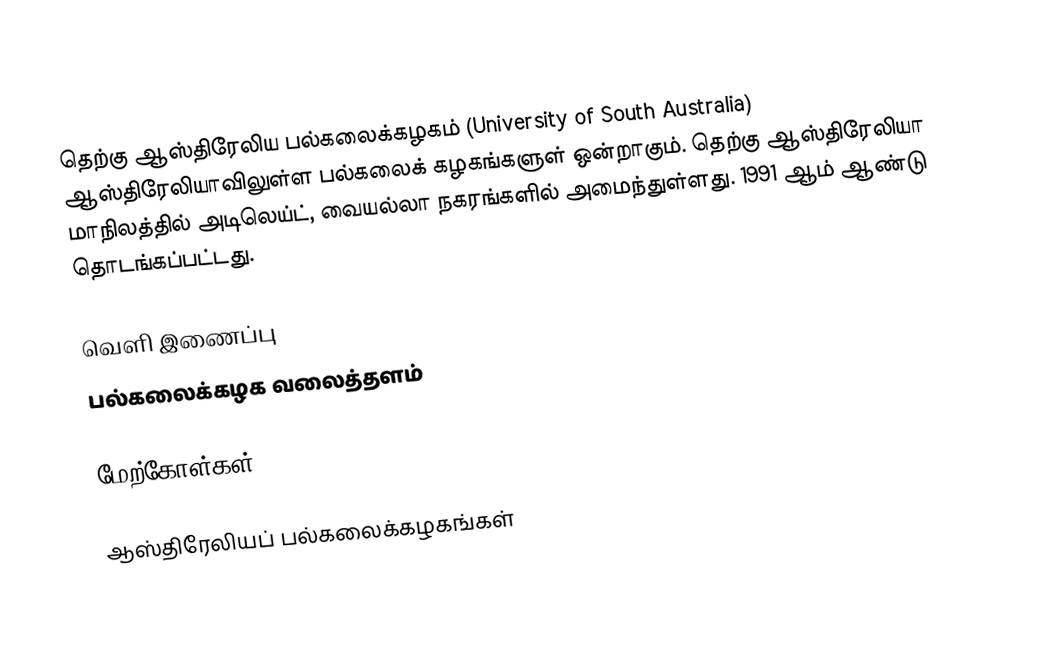
தெற்கு ஆஸ்திரேலிய பல்கலைக்கழகம் (University of South Australia) ஆஸ்திரேலியாவிலுள்ள பல்கலைக் கழகங்களுள் ஒன்றாகும். தெற்கு ஆஸ்திரேலியா மாநிலத்தில் அடிலெய்ட், வையல்லா நகரங்களில் அமைந்துள்ளது. 1991 ஆம் ஆண்டு தொடங்கப்பட்டது.

வெளி இணைப்பு
 பல்கலைக்கழக வலைத்தளம்

மேற்கோள்கள்

ஆஸ்திரேலியப் பல்கலைக்கழகங்கள்